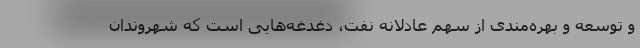
و توسعه و بهره‌مندی از سهم عادلانه نفت، دغدغه‌هایی است که شهروندان